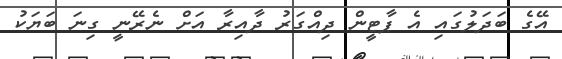
އޭގެ ބަދަލުގައި އެ ޕާޓީން ދިއްގަރު ދާއިރާ އަށް ނެރޭނީ ގިނަ ބަޔަކު